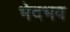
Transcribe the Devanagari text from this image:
भेदभव